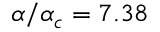
\alpha / \alpha _ { c } = 7 . 3 8